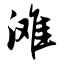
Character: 滩